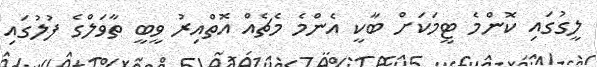
ލީގުގައި ކޮންމެ ޓީމަކަށް ބާކީ އެންމެ މެޗެއް އޮތްއިރު ވީބީ ތާވަލްގެ ފުލުގައި